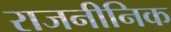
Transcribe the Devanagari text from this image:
राजनीनिक